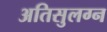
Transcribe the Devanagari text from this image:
अतिसुलग्न